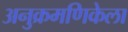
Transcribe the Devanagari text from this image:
अनुक्रमणिकेला